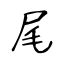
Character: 尾